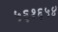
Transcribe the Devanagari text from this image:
५६१६५४